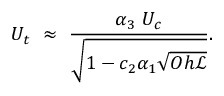
U _ { t } ~ \approx ~ \frac { \alpha _ { 3 } ~ U _ { c } } { \sqrt { 1 - c _ { 2 } \alpha _ { 1 } \sqrt { O h { \mathscr { L } } } } } .